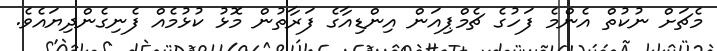
މެޗަށް ނުކުތް އެންމެ ފަހުގެ ޗެމްޕިއަން އިންޑިއާގެ ފަރާތުން މޮޅު ކުޅުމެއް ފެނިގެންދިޔައެވެ.